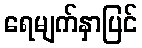
ရေမျက်နှာပြင်